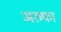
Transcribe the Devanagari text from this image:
अरुफा